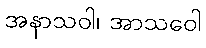
အနာသဝါ၊ အာသဝေါ